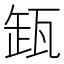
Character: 𬎩